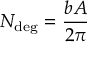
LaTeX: N _ { \mathrm { d e g } } = { \frac { b A } { 2 \pi } }